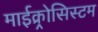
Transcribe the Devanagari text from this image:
माईक्र्रोसिस्टम